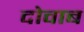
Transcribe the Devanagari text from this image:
दोवाब